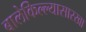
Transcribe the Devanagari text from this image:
बालेकिल्ल्यासारखा